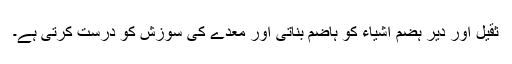
ثقیل اور دیر ہضم اشیاء کو ہاضم بناتی اور معدے کی سوزش کو درست کرتی ہے۔